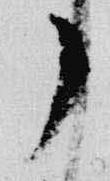
了